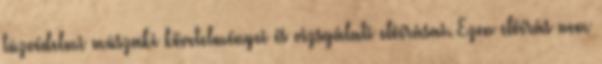
tûzvédelmi mûszaki követelményei és vizsgálati elõírásai. Ezen elõírás nem